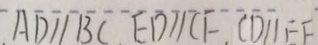
A D / / B C E D / / C F C D / / E F